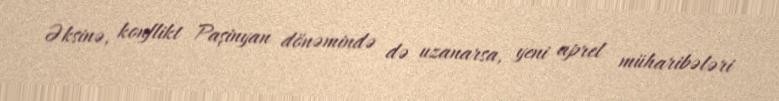
Əksinə, konflikt Paşinyan dönəmində də uzanarsa, yeni aprel müharibələri